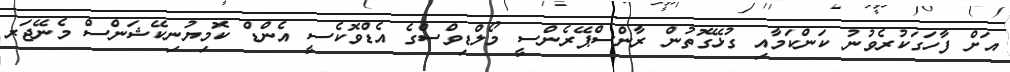
އަށް ފާހަގަކުރެވުނު ކަންކަމާއި ގުޅޭގޮތުން ރާންސްޕޭރެންސީ މޯލްޑިވްސްގެ އެޑްވޮކެސީ އެންޑް ކޮމިޔުނިކޭޝަންސް މެނޭޖަރ